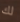
لك